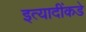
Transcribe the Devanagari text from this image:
इत्यादींकडे